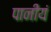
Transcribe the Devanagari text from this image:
पानीयं